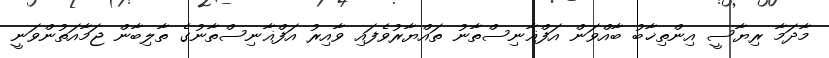
މާދަމާ ރިޔާސީ އިންތިޚާބު ބާއްވަން އަފްޣާނިސްތާނު ތައްޔާރުވެފައި ވާއިރު އަފްޣާނިސްތާނުގެ ތާލިބާން ޖަމާއަތުންވަނީ